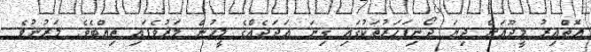
އޮތްއިރު މީދޫއަށް ދިޔަ ދޯނިފަހަރުތަކުގައި ގިނަ ޢަދަދެއްގެ މީހުން މަރުވެފައި ތިއްބެވެ. މަރުނުވެ